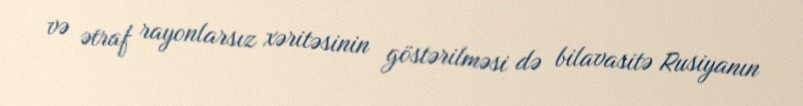
və ətraf rayonlarsız xəritəsinin göstərilməsi də bilavasitə Rusiyanın